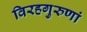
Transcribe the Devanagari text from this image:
विरहगुरुणां